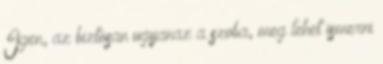
Igen, az biztosan ugyanaz a szoba, meg lehet ismerni